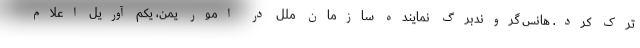
ترک کرد. هانس گروندبرگ نماینده سازمان ملل در امور یمن، یکم آوریل اعلام